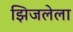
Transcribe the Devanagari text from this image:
झिजलेला